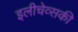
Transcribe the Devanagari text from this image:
इलीचेव्सकी